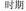
A. ① B. ②